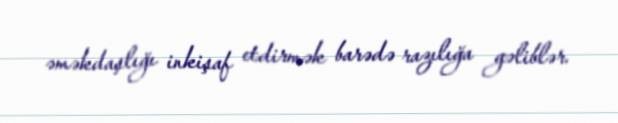
əməkdaşlığı inkişaf etdirmək barədə razılığa gəliblər.